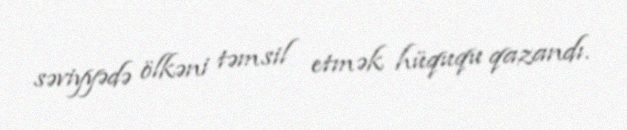
səviyyədə ölkəni təmsil etmək hüququ qazandı.